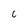
Character: c